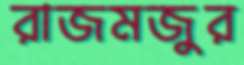
রাজমজুর